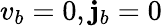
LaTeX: v_{b}=0,\mathbf{j}_{b}=0